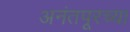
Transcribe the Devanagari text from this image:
अनंतपूरच्या